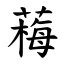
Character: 䔦